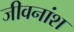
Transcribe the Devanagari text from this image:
जीवनांश